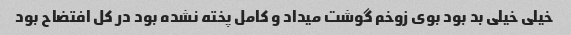
خیلی خیلی بد بود بوی زوخم گوشت میداد و کامل پخته نشده بود در کل افتضاح بود